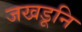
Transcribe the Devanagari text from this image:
जखडूनि